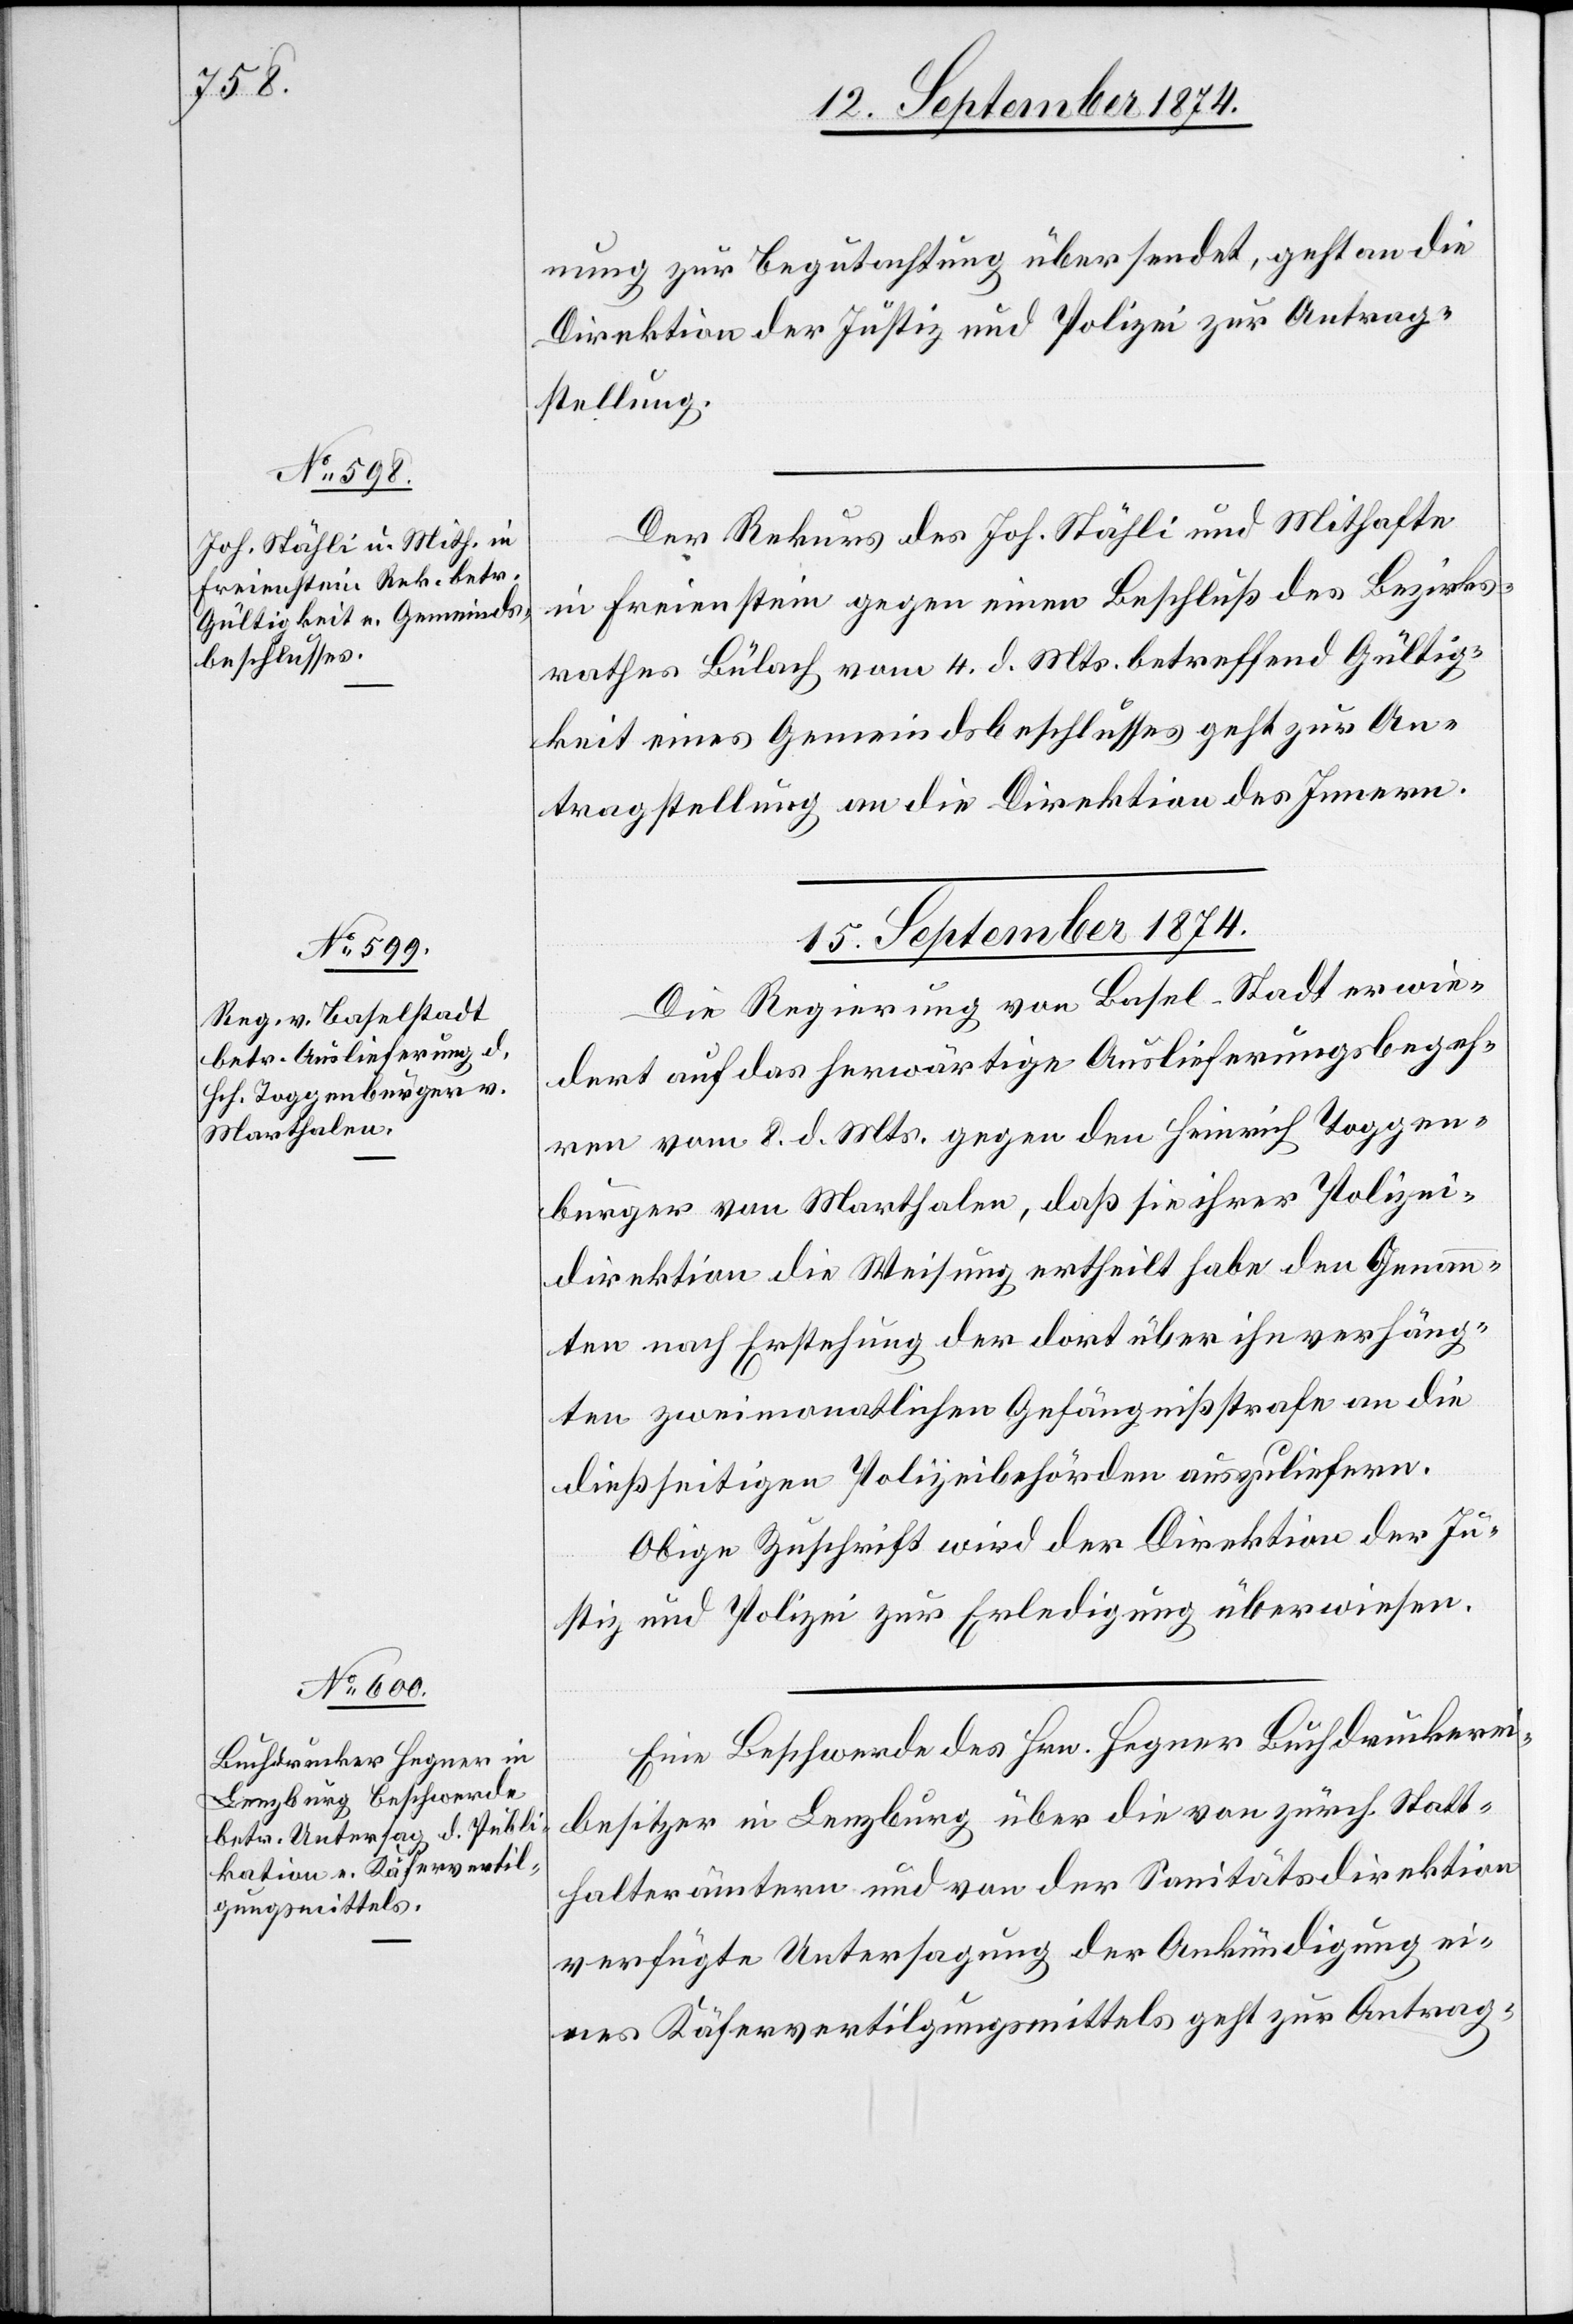
15. September 1874.]
nung zur Begutachtung übersendet, geht an die
Direktion der Justiz und Polizei zur Antrag¬
stellung.
Der Rekurs des Joh. Stähli und Mithafte
in Freienstein gegen einen Beschluß des Bezirks¬
rathes Bülach vom 4. d. Mts. betreffend Gültig¬
keit eines Gemeindsbeschlusses geht zur An¬
tragstellung an die Direktion des Innern.
15. September 1874.
Die Regierung von Basel-Stadt erwie¬
dert auf das herwärtige Auslieferungsbegeh¬
ren vom 8. d. Mts. gegen den Heinrich Toggen¬
burger von Marthalen, daß sie ihrer Polizei¬
direktion die Weisung ertheilt habe den Genann¬
ten nach Erstehung der dort über ihn verhäng¬
ten zweimonatlichen Gefängnißstrafe an die
dießseitigen Polizeibehörden auszuliefern.
Obige Zuschrift wird der Direktion der Ju¬
stiz und Polizei zur Erledigung überwiesen.
Eine Beschwerde des Hrn. Hegner Buchdruckerei¬
besitzer in Lenzburg über die von zürch. Statt¬
halterämtern und von der Sanitätsdirektion
verfügte Untersagung der Ankündigung ei¬
nes Käfervertilgungsmittels geht zur Antrag-